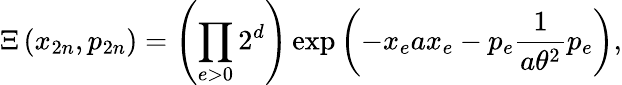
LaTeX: \Xi\left(x_{2n},p_{2n}\right)=\left(\prod_{e>0}2^{d}\right)\exp\left(-x_{e}ax_{e}-p_{e}\frac{1}{a\theta^{2}}p_{e}\right),